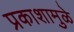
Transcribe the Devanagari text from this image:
प्रकाशामुळे